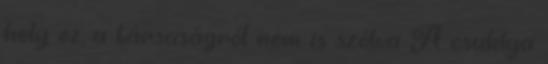
hely ez, a társaságról nem is szólva A csuklya